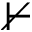
\nvdash